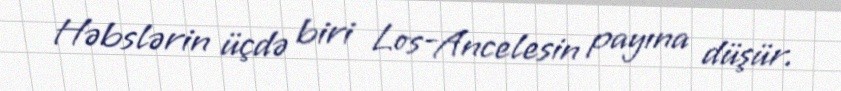
Həbslərin üçdə biri Los-Ancelesin payına düşür.